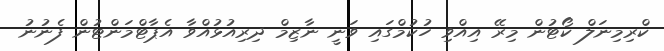
ކްރިމިނަލް ކޯޓުން މިރޭ އިއްވި ހުކުމްގައި ވަނީ ނާޒިމް ދިރިއުޅުއްވާ އެޕާޓްމަންޓުން ފެނުނު